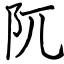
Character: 阢